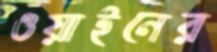
ওয়াইনের